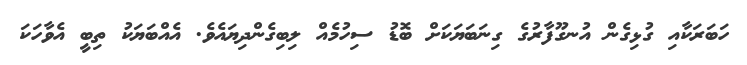
ހަބަރަކާއި ގުޅިގެން އުނގޫފާރުގެ ގިނަބަޔަކަށް ބޮޑު ސިހުމެއް ލިބިގެންދިޔައެވެ. އެއްބަޔަކު ތިބީ އެވާހަކަ